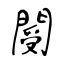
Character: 閿